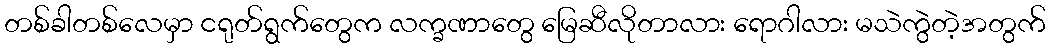
တစ်ခါတစ်လေမှာ ငရုတ်ရွက်တွေက လက္ခဏာတွေ မြေဆီလိုတာလား ရောဂါလား မသဲကွဲတဲ့အတွက်